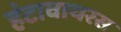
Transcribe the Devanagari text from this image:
हंटावायरस